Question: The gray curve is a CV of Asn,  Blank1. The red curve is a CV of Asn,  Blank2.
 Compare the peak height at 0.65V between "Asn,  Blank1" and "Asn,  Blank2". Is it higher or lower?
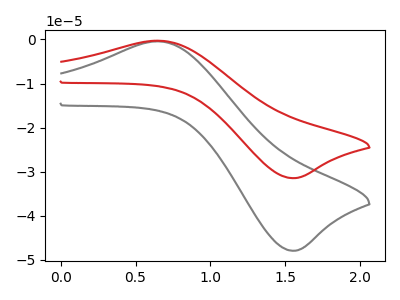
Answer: <think>The gray curve "Asn,  Blank1" has an anodic peak at (0.65V, -0.40uA) and a cathodic peak at (1.55V, -47.90uA). The red curve "Asn,  Blank2" has an anodic peak at (0.65V, -0.30uA) and a cathodic peak at (1.55V, -31.45uA).</think>
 <answer>The peak at 0.65V is lower in "Asn,  Blank1" than in "Asn,  Blank2".</answer>
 <eval>lower</eval>